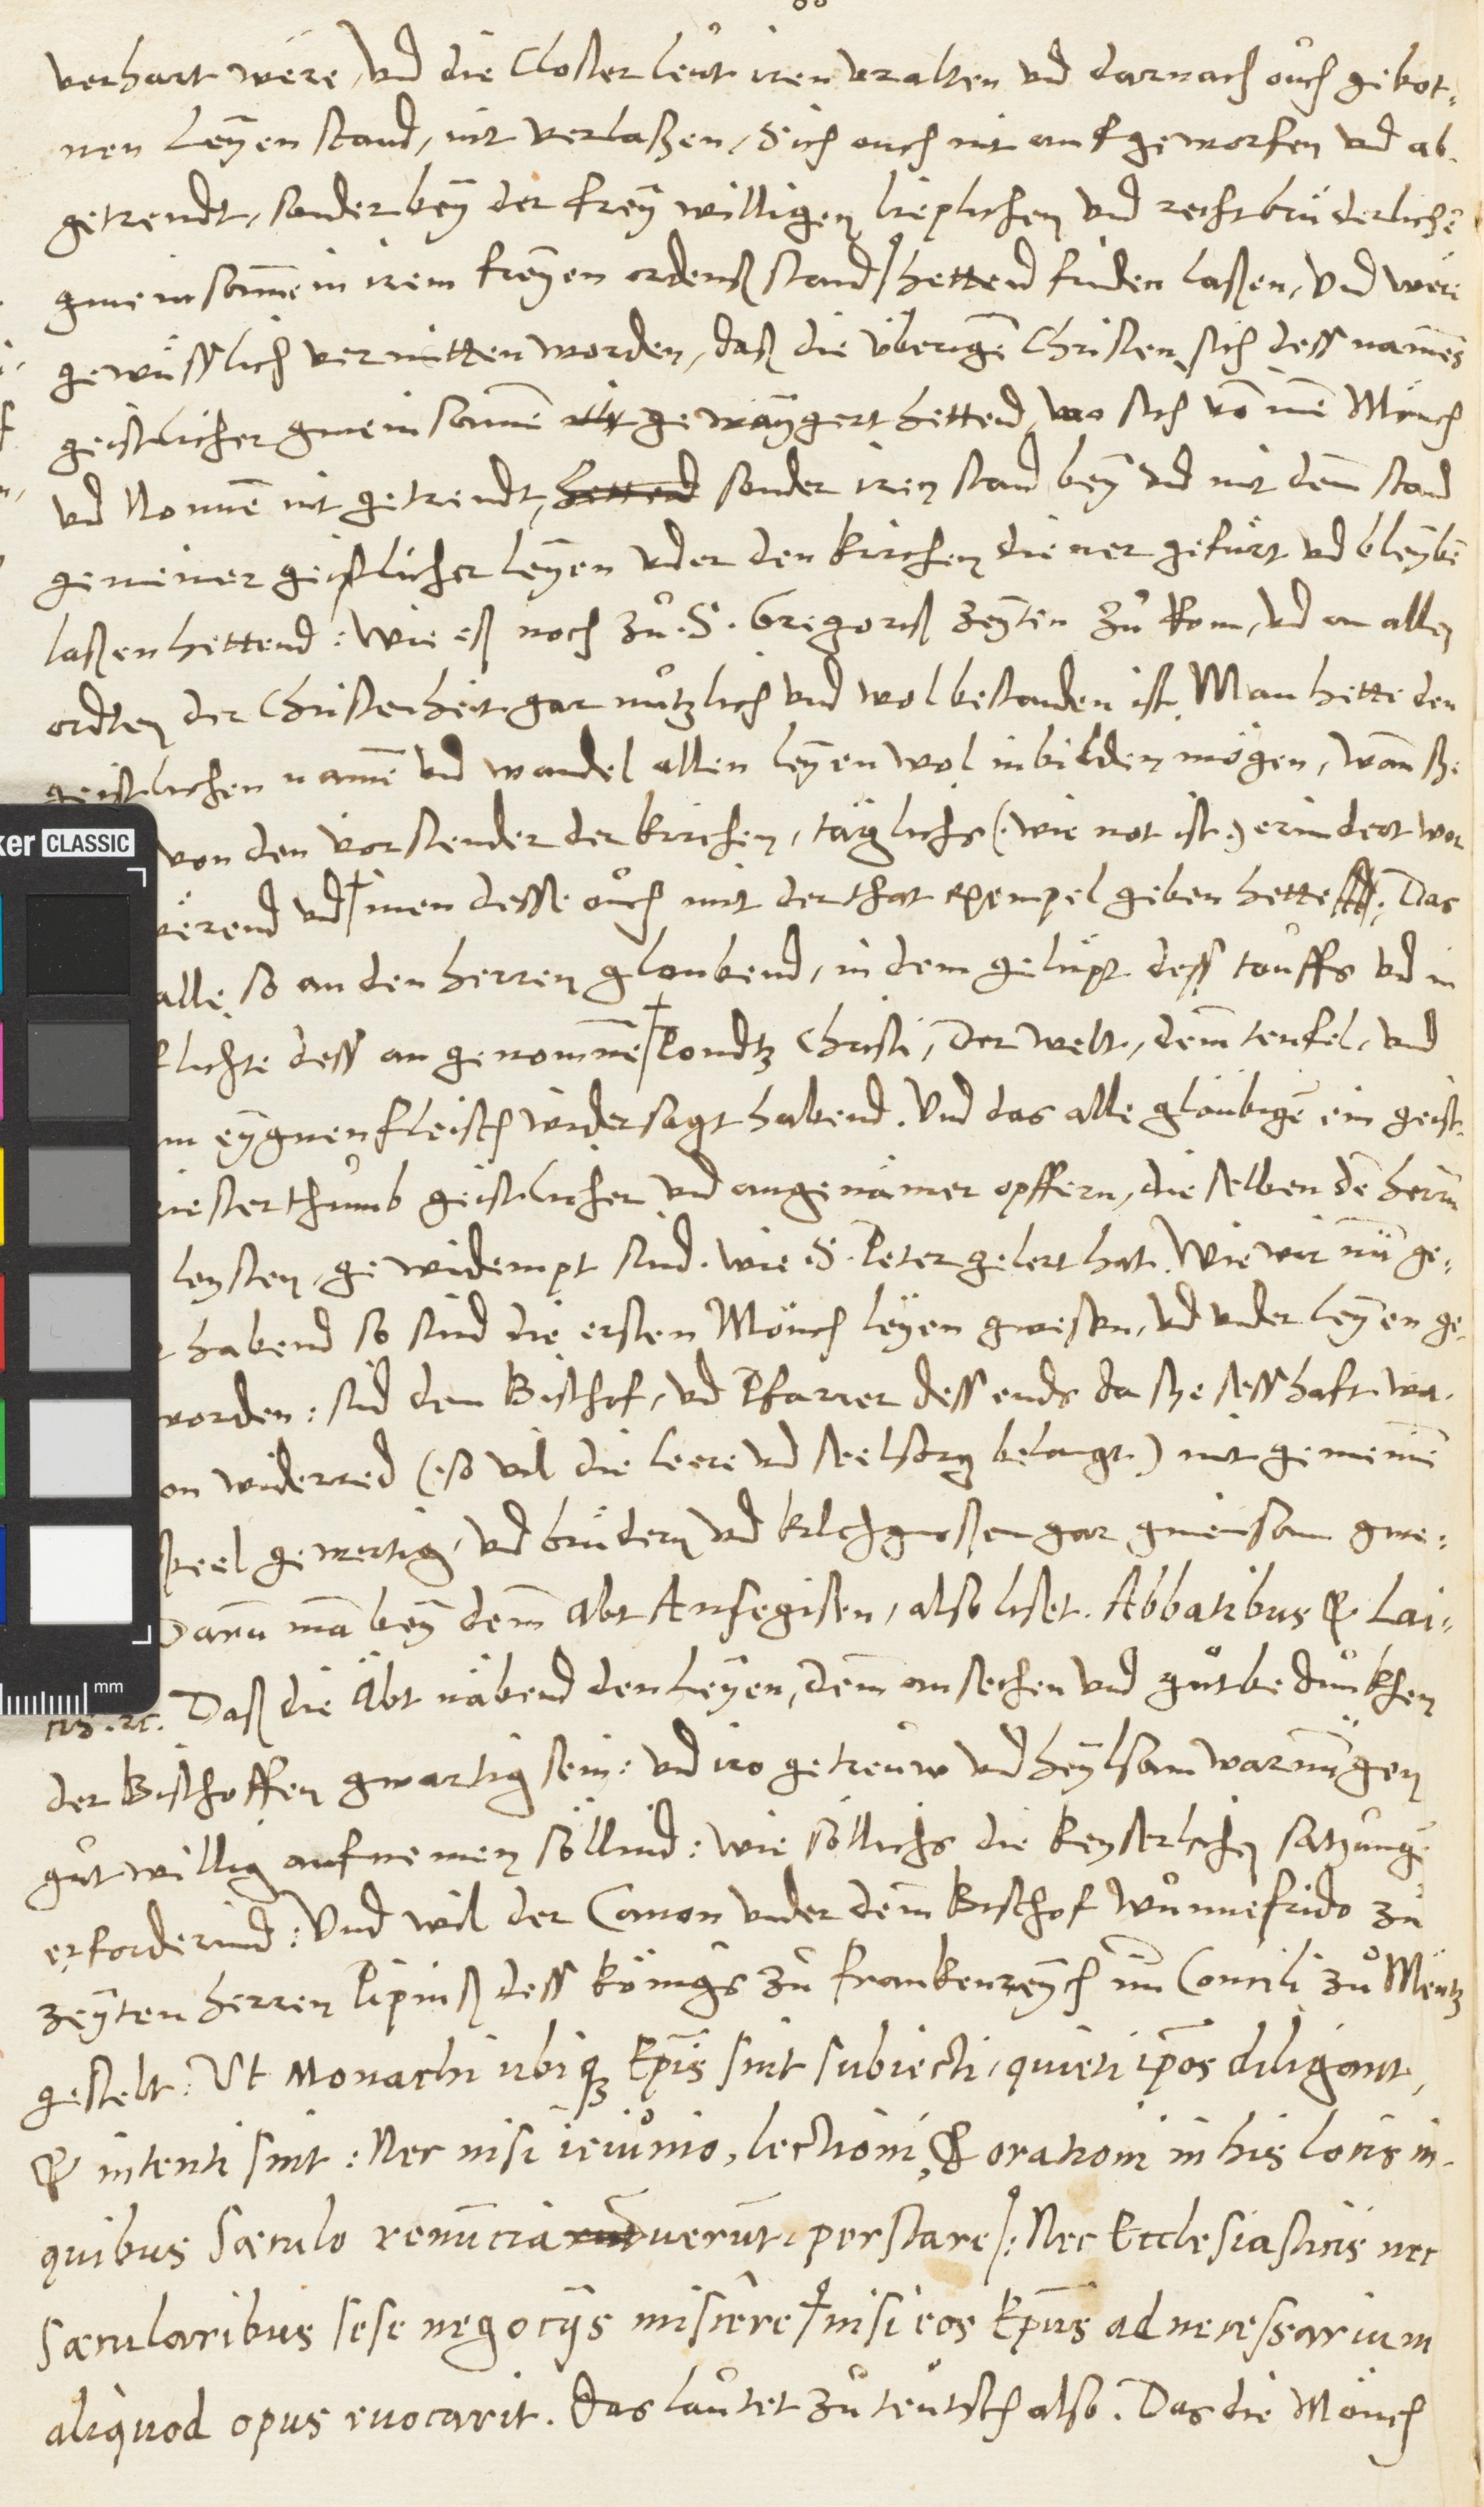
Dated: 1545–1546